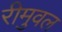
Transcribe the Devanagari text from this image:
रीमुवल